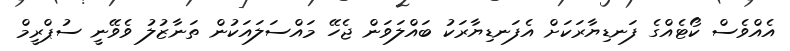
އެއްވެސް ކޯޓެއްގެ ފަނޑިޔާރަކަށް އެފަނޑިޔާރަކު ބައްލަވަން ޖެހޭ މައްސަލައަކުން ތަނާޒުލު ވެވޭނީ ސުޕްރީމް